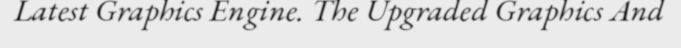
Latest Graphics Engine. The Upgraded Graphics And